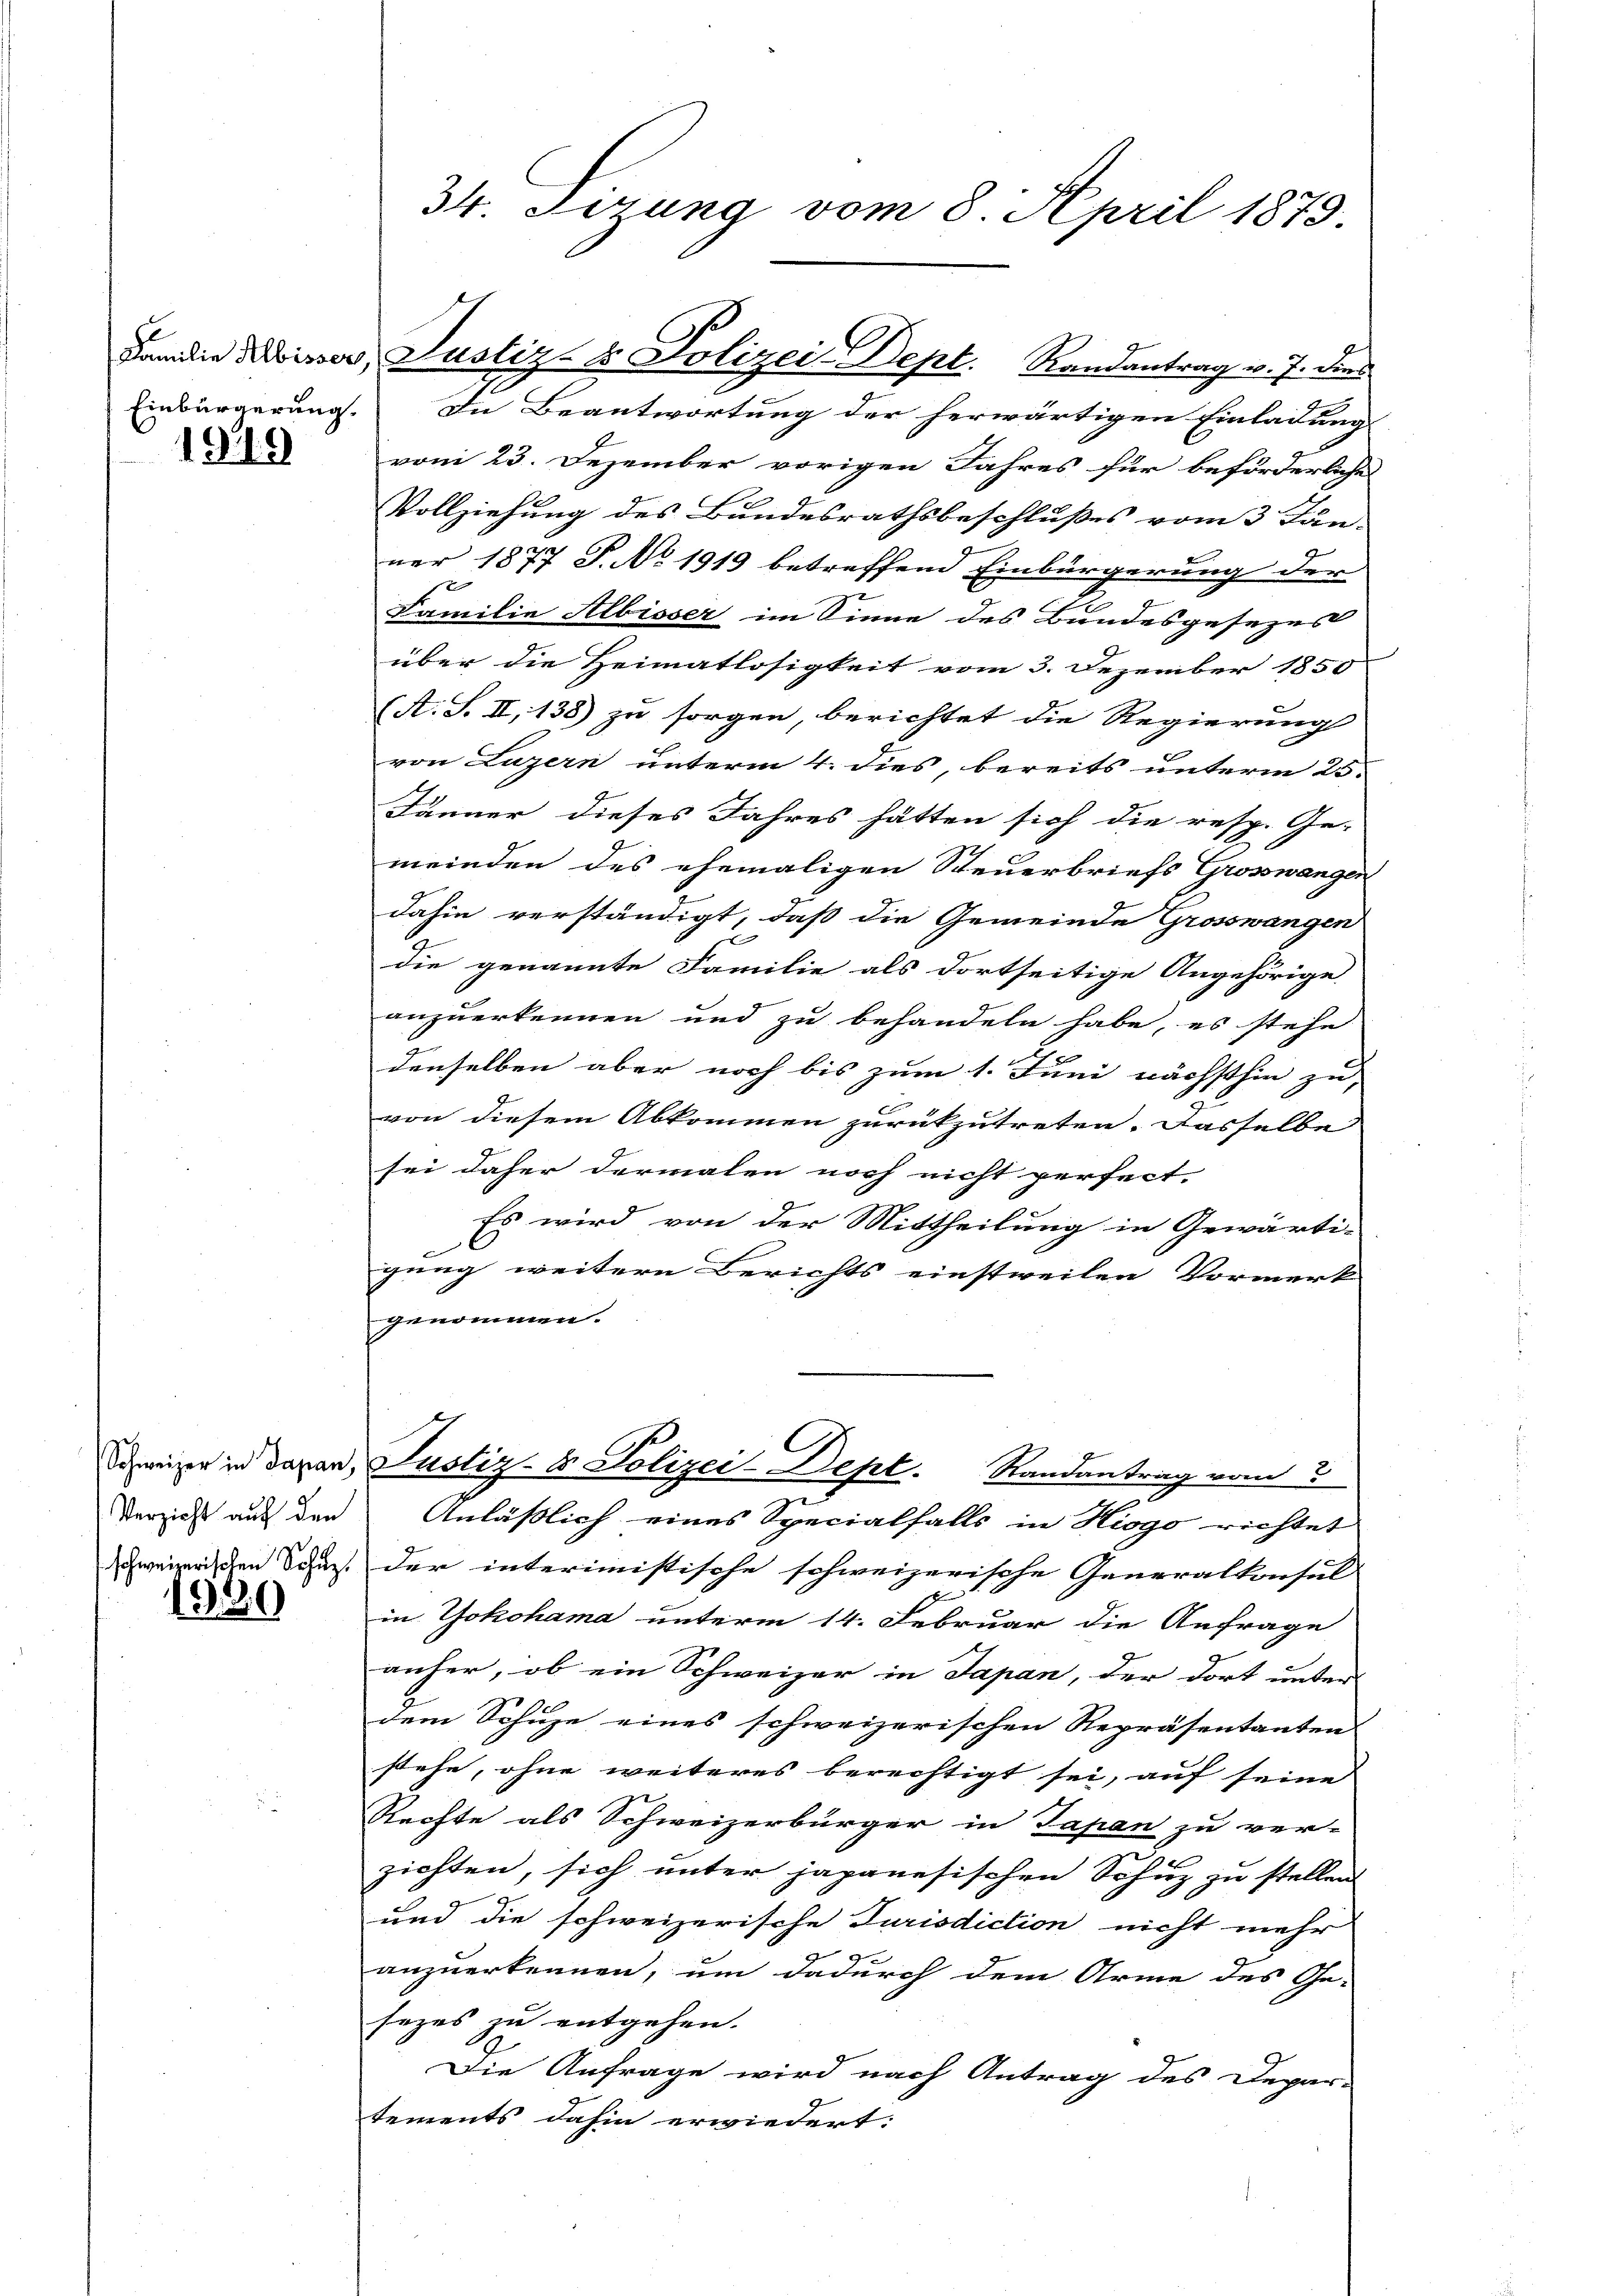
Familie Albisser
Einbürgerung.

1949

Schweizer in Japan.
Verzicht auf den
schweizerischen Schutz,
1939

34 Sirung vom 8 April 1879.

In Beantwortung der herwärtigen Einladung
vom 23. Dezember vorigen Jahres für beförderliches
g
Vollziehung des Bundesrathsbeschlußes vom 3. Jun
ner 1877 P. No 1919 betreffend Einbürgerung der
Familie Albisser im Sinne des Bundesgesezes
über die Heimatlosigkeit vom 3. Dezember 1850
(A. S. II, 138) zu sorgen, berichtet die Regierung
von Luzern unterm 4. dies, bereits unterm 25.
Jänner dieses Jahres hätten sich die resp. Ge-
meinden des ehemaligen Steuerbriefs Grosswangen
dahin verständigt, daß die Gemeinde Grosswangen
1
die genannte Familie als dortseitige Angehörige
anzuerkennen und zu behandeln habe, es stehe
.
denselben aber noch bis zum 1. Juni nächsthin zu,
von diesem Abkommen zurückzutreten. Dasselbe
sei daher dermalen noch nicht perfect.
Es wird von der Mittheilung in Gewärti-
gung weitere Berichts einstweilen Vormerk
genommen.
Justiz- & Polizei-Dept. Randantrag vom 3
Anläßlich eines Specialfalls in Hiogo richtet
der interimistische schweizerische Generalkonsul
in Yokohama unterm 14. Februar die Anfrage
anher, ob ein Schweizer in Japan, der dort unter
dem Schuze eines schweizerischen Repräsentanten
stehe, ohne weiteres berechtigt sei, auf seine
Rechte als Schweizerbürger in Tapan zu ver-
zichten, sich unter japanesischen Schuz zu stellen
und die schweizerische Jurisdiction nicht mehr
anzuerkennen, um dadurch dem Arme des Ge-
sezes zu entgehen.
Die Anfrage wird nach Antrag des Depar-
tements dahin erwiedert:

Justiz- & Polizei-Dept. Randantrag v. 7. dies